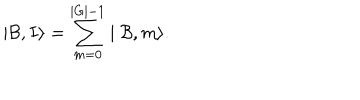
\mid { \cal B } , I \rangle = \sum _ { m = 0 } ^ { | G | - 1 } \mid { \cal B } , m \rangle .